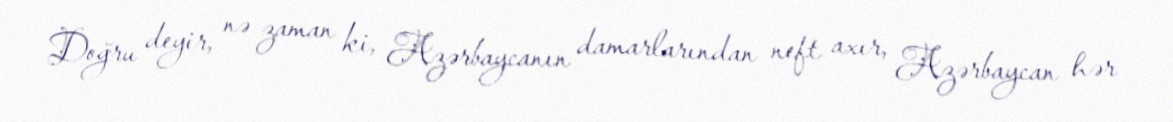
Doğru deyir, nə zaman ki, Azərbaycanın damarlarından neft axır, Azərbaycan hər